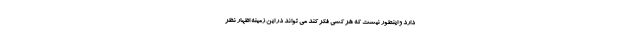
دارد و اینطور نیست که هر کسی فکر کند می تواند در این زمینه اظهار نظر